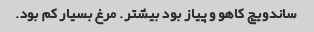
ساندویچ کاهو و پیاز بود بیشتر. مرغ بسیار کم بود.